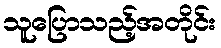
သူပြောသည့်အတိုင်း